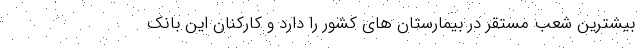
بیشترین شعب مستقر در بیمارستان های کشور را دارد و کارکنان این بانک